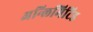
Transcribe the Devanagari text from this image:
अन्लिमिटिड